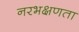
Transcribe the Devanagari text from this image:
नरभक्षणता